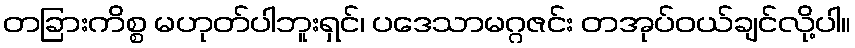
တခြားကိစ္စ မဟုတ်ပါဘူးရှင်၊ ပဒေသာမဂ္ဂဇင်း တအုပ်ဝယ်ချင်လို့ပါ။